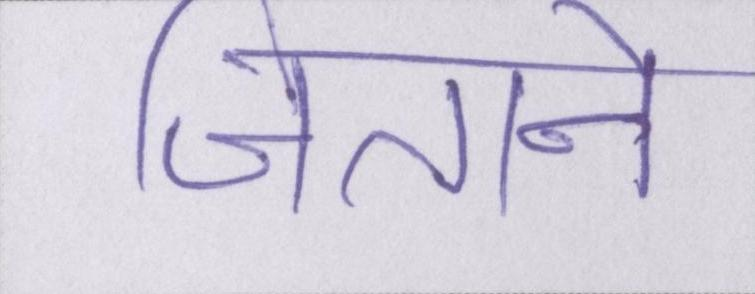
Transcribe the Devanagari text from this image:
जिताने